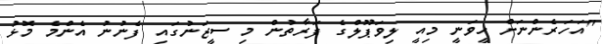
"އަހަރެންނަށް ހީވަނީ މިއީ ލިވަޕޫލްގެ ފަރާތުން މި ސީޒަނުގައި ފެނުނު އެންމެ މޮޅު